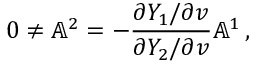
0 \neq \mathbb { A } ^ { 2 } = - \frac { \partial Y _ { 1 } / \partial v } { \partial Y _ { 2 } / \partial v } \mathbb { A } ^ { 1 } \, ,